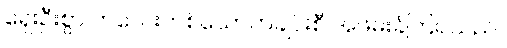
ရှေးဦးစွာ ကလေးတစ်ယောက်ချင်းစီ အဖမ်းခံကြရသည်။